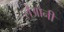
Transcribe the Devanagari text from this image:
लेऑनी